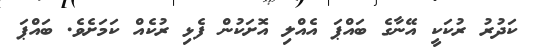
ކަދުރު ރުކަކީ އޭނާގެ ބައްޕަ އެއްލި އޮށަކުން ފެޅި ރުކެއް ކަމަށެވެ. ބައްޕަ